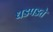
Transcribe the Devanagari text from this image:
धडपडते